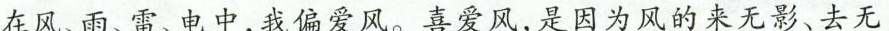
在风、雨、雷、电中，我偏爱风。喜爱风，是因为风的来无影、去无